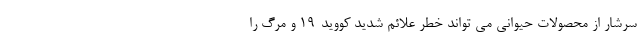
سرشار از محصولات حیوانی می تواند خطر علائم شدید کووید-19 و مرگ را